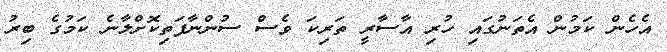
އެހެން ކަމުން އެތަނުގައި ހުރި އާސާރީ ތަރިކަ ވެސް ސުންނާފަތިކޮށްލާނެ ކަމުގެ ބިރު